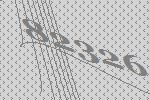
82326